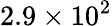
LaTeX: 2.9\times 10^{2}